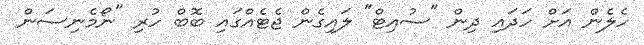
ހެލެން އަށް ހަދައި ދިން "ސުއިޓް" ލައިގެން ޖެޓެއްގައި ބޮބް ހުރި "ނޯމެނިސަން